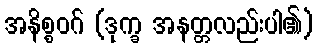
အနိစ္စဝဂ် (ဒုက္ခ အနတ္တလည်းပါ၏)